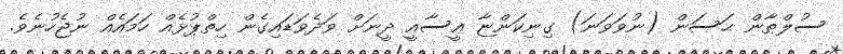
ސުލްޠާން ޙަސަން (ނުވަވަނަ) ގިނިކަންޏާ ޢީސާއީ ދީނަށް ވަދެވަޑައިގެން ހިތްޕުޅެއް ހަމައެއް ނުޖެހުނެވެ.